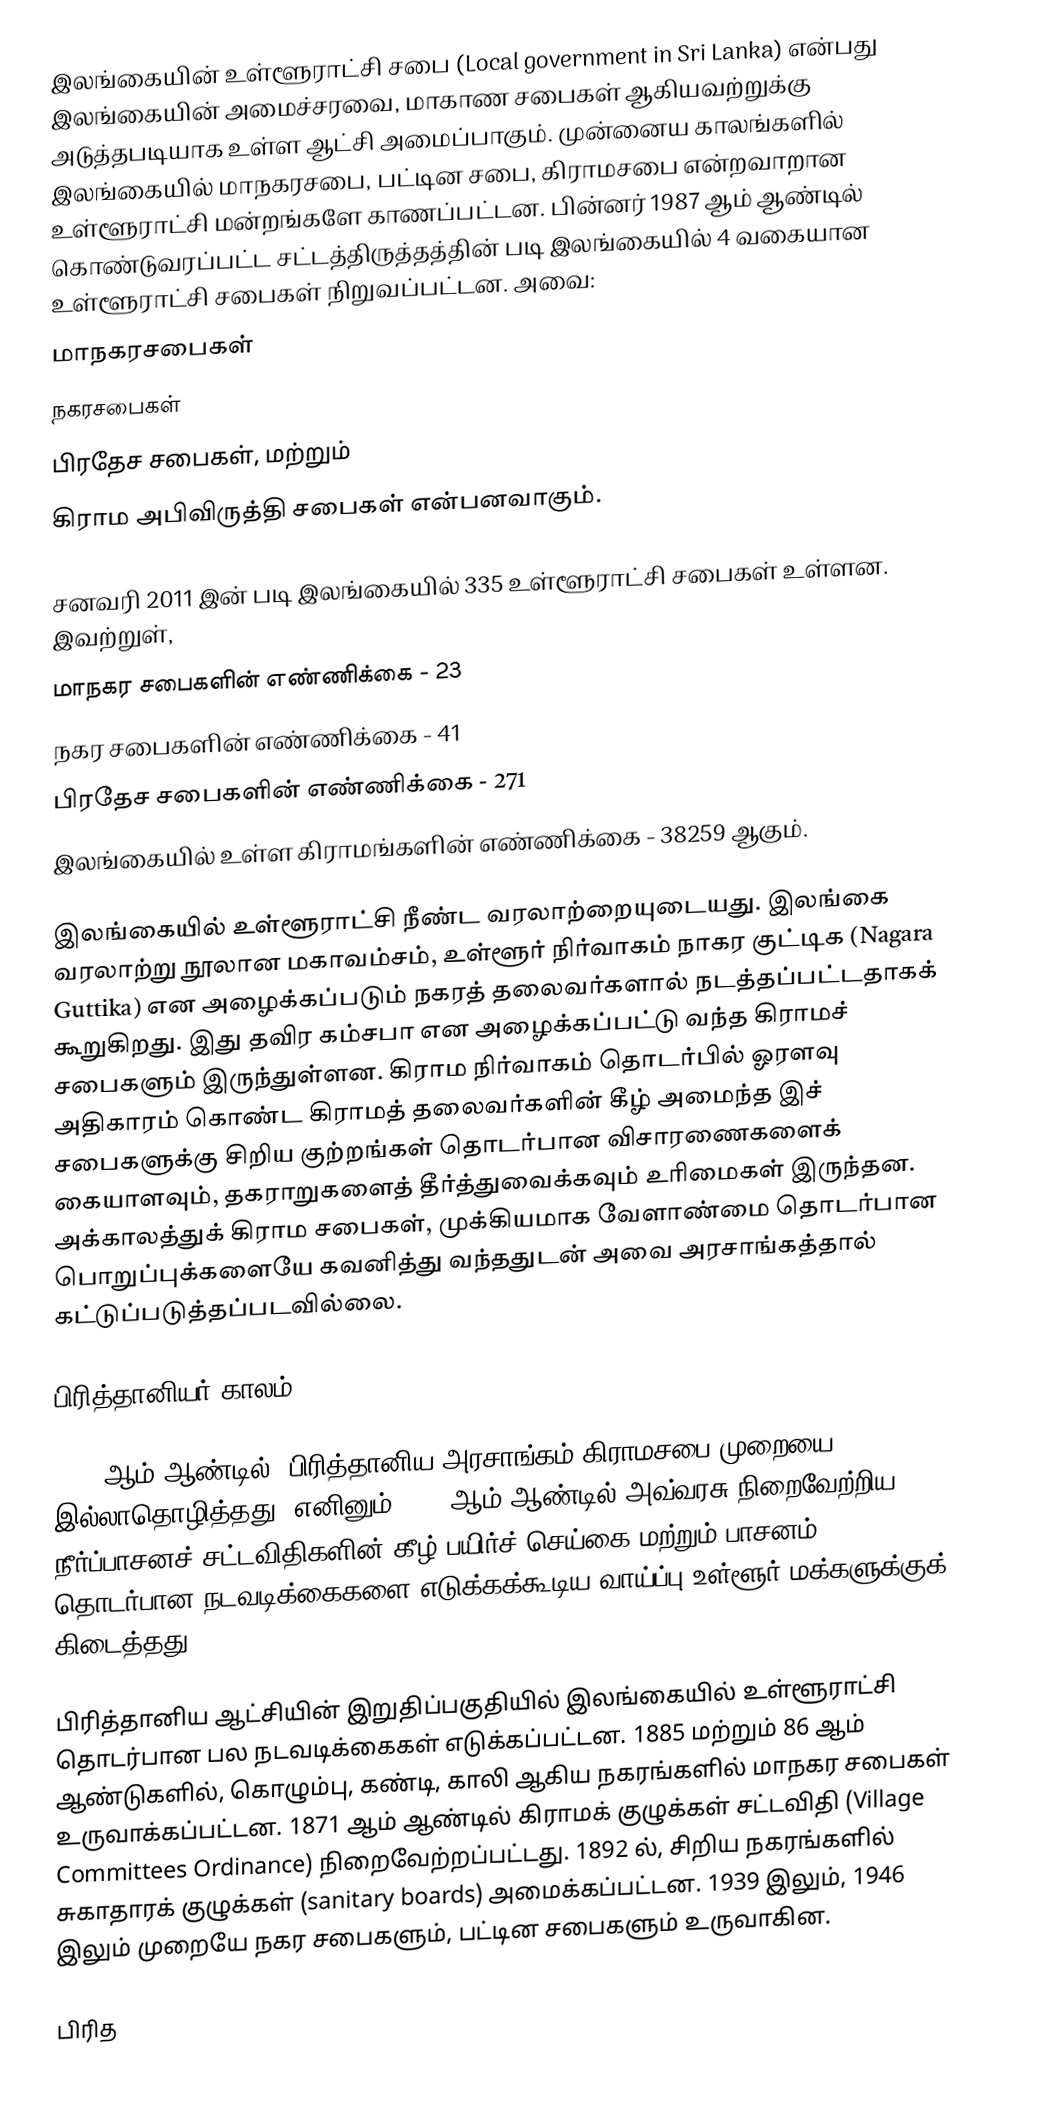
இலங்கையின் உள்ளூராட்சி சபை (Local government in Sri Lanka) என்பது இலங்கையின் அமைச்சரவை, மாகாண சபைகள் ஆகியவற்றுக்கு அடுத்தபடியாக உள்ள ஆட்சி அமைப்பாகும். முன்னைய காலங்களில் இலங்கையில் மாநகரசபை, பட்டின சபை, கிராமசபை என்றவாறான உள்ளூராட்சி மன்றங்களே காணப்பட்டன. பின்னர் 1987 ஆம் ஆண்டில் கொண்டுவரப்பட்ட சட்டத்திருத்தத்தின் படி இலங்கையில் 4 வகையான உள்ளூராட்சி சபைகள் நிறுவப்பட்டன. அவை:
 மாநகரசபைகள்
 நகரசபைகள்
 பிரதேச சபைகள், மற்றும்
 கிராம அபிவிருத்தி சபைகள் என்பனவாகும்.

சனவரி 2011 இன் படி இலங்கையில் 335 உள்ளூராட்சி சபைகள் உள்ளன. இவற்றுள்,
 மாநகர சபைகளின் எண்ணிக்கை - 23
 நகர சபைகளின் எண்ணிக்கை - 41
 பிரதேச சபைகளின் எண்ணிக்கை - 271
இலங்கையில் உள்ள கிராமங்களின் எண்ணிக்கை - 38259 ஆகும்.

இலங்கையில் உள்ளூராட்சி நீண்ட வரலாற்றையுடையது. இலங்கை வரலாற்று நூலான மகாவம்சம், உள்ளூர் நிர்வாகம் நாகர குட்டிக (Nagara Guttika) என அழைக்கப்படும் நகரத் தலைவர்களால் நடத்தப்பட்டதாகக் கூறுகிறது. இது தவிர கம்சபா என அழைக்கப்பட்டு வந்த கிராமச் சபைகளும் இருந்துள்ளன. கிராம நிர்வாகம் தொடர்பில் ஓரளவு அதிகாரம் கொண்ட கிராமத் தலைவர்களின் கீழ் அமைந்த இச் சபைகளுக்கு சிறிய குற்றங்கள் தொடர்பான விசாரணைகளைக் கையாளவும், தகராறுகளைத் தீர்த்துவைக்கவும் உரிமைகள் இருந்தன. அக்காலத்துக் கிராம சபைகள், முக்கியமாக வேளாண்மை தொடர்பான பொறுப்புக்களையே கவனித்து வந்ததுடன் அவை அரசாங்கத்தால் கட்டுப்படுத்தப்படவில்லை.

பிரித்தானியர் காலம்

1818 ஆம் ஆண்டில், பிரித்தானிய அரசாங்கம் கிராமசபை முறையை இல்லாதொழித்தது. எனினும் 1856 ஆம் ஆண்டில் அவ்வரசு நிறைவேற்றிய நீர்ப்பாசனச் சட்டவிதிகளின் கீழ் பயிர்ச் செய்கை மற்றும் பாசனம் தொடர்பான நடவடிக்கைகளை எடுக்கக்கூடிய வாய்ப்பு உள்ளூர் மக்களுக்குக் கிடைத்தது.

பிரித்தானிய ஆட்சியின் இறுதிப்பகுதியில் இலங்கையில் உள்ளூராட்சி தொடர்பான பல நடவடிக்கைகள் எடுக்கப்பட்டன. 1885 மற்றும் 86 ஆம் ஆண்டுகளில், கொழும்பு, கண்டி, காலி ஆகிய நகரங்களில் மாநகர சபைகள் உருவாக்கப்பட்டன. 1871 ஆம் ஆண்டில் கிராமக் குழுக்கள் சட்டவிதி (Village Committees Ordinance) நிறைவேற்றப்பட்டது. 1892 ல், சிறிய நகரங்களில் சுகாதாரக் குழுக்கள் (sanitary boards) அமைக்கப்பட்டன. 1939 இலும், 1946 இலும் முறையே நகர சபைகளும், பட்டின சபைகளும் உருவாகின.

பிரித